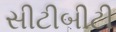
સીટીબીટી